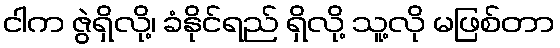
ငါက ဇွဲရှိလို့၊ ခံနိုင်ရည် ရှိလို့ သူ့လို မဖြစ်တာ